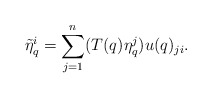
\begin{align*}\tilde{\eta}_q^i=\sum_{j=1}^n (T(q)\eta_q^j)u(q)_{ji}.\end{align*}